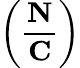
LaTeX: \left({\frac{\mathbf{N}}{\mathbf{C}}}\right)